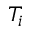
T _ { i }